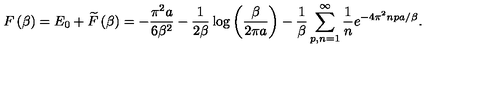
F \left( \beta \right) = E _ { 0 } + \widetilde { F } \left( \beta \right) = - \frac { \pi ^ { 2 } a } { 6 \beta ^ { 2 } } - \frac { 1 } { 2 \beta } \log \left( \frac { \beta } { 2 \pi a } \right) - \frac { 1 } { \beta } \sum _ { p , n = 1 } ^ { \infty } \frac { 1 } { n } e ^ { - 4 \pi ^ { 2 } n p a / \beta } .